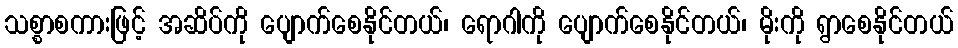
သစ္စာစကားဖြင့် အဆိပ်ကို ပျောက်စေနိုင်တယ်၊ ရောဂါကို ပျောက်စေနိုင်တယ်၊ မိုးကို ရွာစေနိုင်တယ်